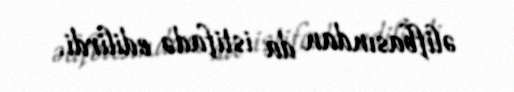
əlifbasından da istifadə edilirdi.